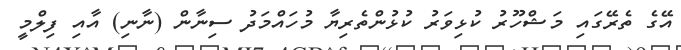
އޭގެ ތެރޭގައި މަޝްހޫރު ކުޅިވަރު ކުޅުންތެރިޔާ މުހައްމަދު ސިނާން (ނާނި) އާއި ފިލްމީ